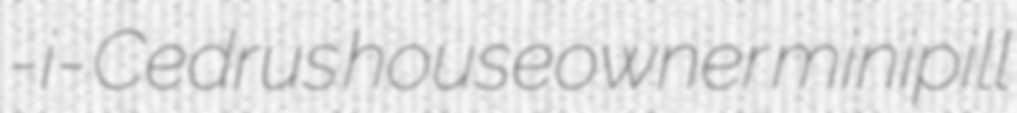
-i- Cedrus houseowner minipill